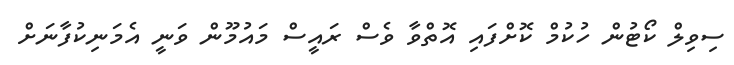
ސިވިލް ކޯޓުން ހުކުމް ކޮށްފައި އޮތްވާ ވެސް ރައީސް މައުމޫން ވަނީ އެމަނިކުފާނަށް